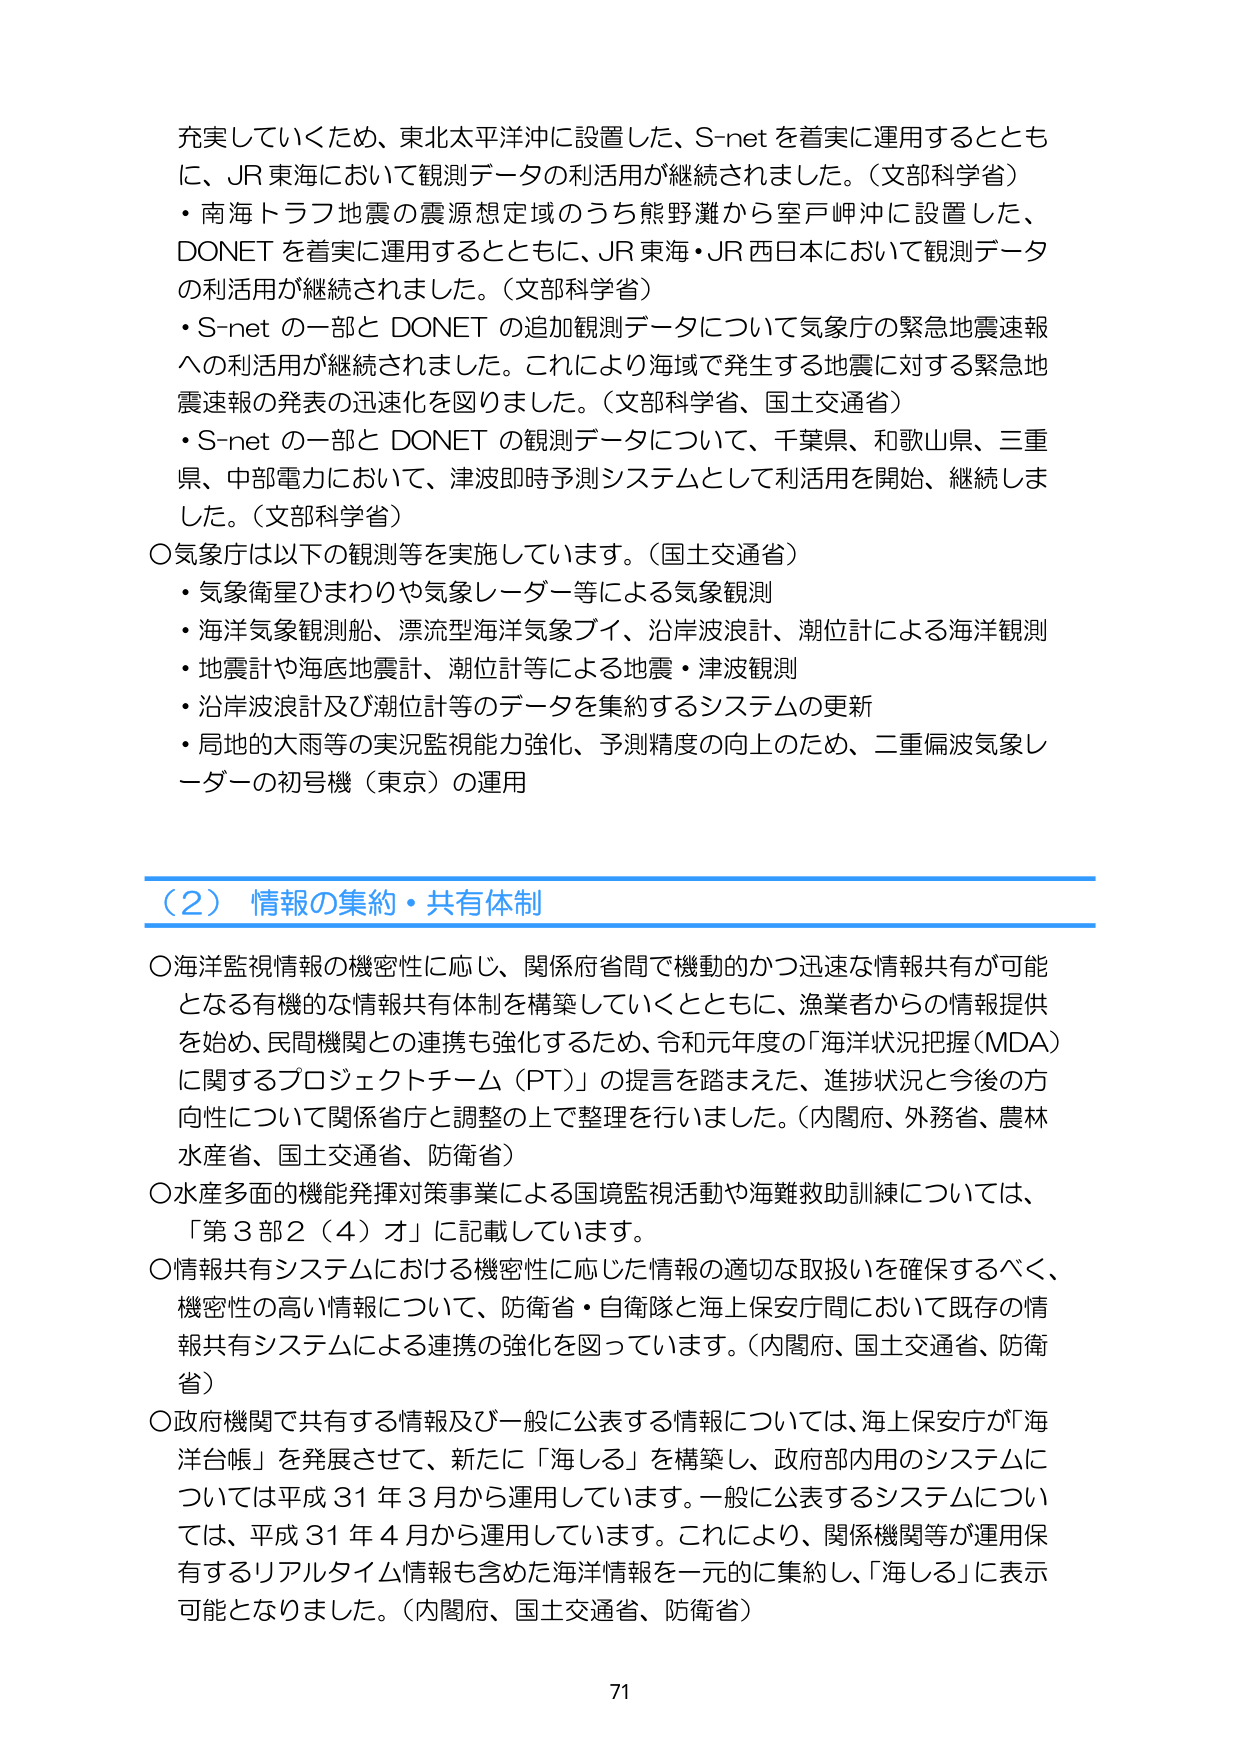
充実していくため、東北太平洋沖に設置した、S-net を着実に運用するとともに、JR 東海において観測データの利活用が継続されました。（文部科学省）
・南海トラフ地震の震源想定域のうち熊野灘から室戸岬沖に設置した、DONET を着実に運用するとともに、JR 東海・JR 西日本において観測データの利活用が継続されました。（文部科学省）
・S-net の一部と DONET の追加観測データについて気象庁の緊急地震速報への利活用が継続されました。これにより海域で発生する地震に対する緊急地震速報の発表の迅速化を図りました。（文部科学省、国土交通省）
・S-net の一部と DONET の観測データについて、千葉県、和歌山県、三重県、中部電力において、津波即時予測システムとして利活用を開始、継続しました。（文部科学省）
〇気象庁は以下の観測等を実施しています。（国土交通省）
・気象衛星ひまわりや気象レーダー等による気象観測
・海洋気象観測船、漂流型海洋気象ブイ、沿岸波浪計、潮位計による海洋観測
・地震計や海底地震計、潮位計等による地震・津波観測
・沿岸波浪計及び潮位計等のデータを集約するシステムの更新
・局地的大雨等の実況監視能力強化、予測精度の向上のため、二重偏波気象レーダーの初号機（東京）の運用

（２） 情報の集約・共有体制
〇海洋監視情報の機密性に応じ、関係府省間で機動的かつ迅速な情報共有が可能となる有機的な情報共有体制を構築していくとともに、漁業者からの情報提供を始め、民間機関との連携も強化するため、令和元年度の「海洋状況把握（MDA）に関するプロジェクトチーム（PT）」の提言を踏まえた、進捗状況と今後の方針について関係省庁と調整の上で整理を行いました。（内閣府、外務省、農林水産省、国土交通省、防衛省）
〇水産多面的機能発揮対策事業による国境監視活動や海難救助訓練については、「第３部２（４）オ」に記載しています。
〇情報共有システムにおける機密性に応じた情報の適切な取扱いを確保するべく、機密性の高い情報について、防衛省・自衛隊と海上保安庁間において既存の情報共有システムによる連携の強化を図っています。（内閣府、国土交通省、防衛省）
〇政府機関で共有する情報及び一般に公表する情報については、海上保安庁が「海洋台帳」を発展させて、新たに「海しる」を構築し、政府部内用のシステムについては平成 31 年 3 月から運用しています。一般に公表するシステムについては、平成 31 年 4 月から運用しています。これにより、関係機関等が運用保有するリアルタイム情報も含めた海洋情報を一元的に集約し、「海しる」に表示可能となりました。（内閣府、国土交通省、防衛省）

71